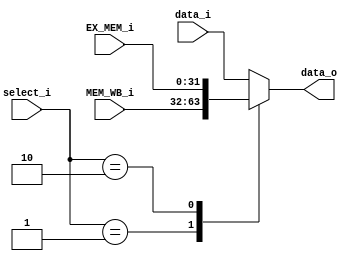
module ForwardingMUX(
    select_i,
    data_i,
    EX_MEM_i,
    MEM_WB_i,
    data_o
);

input	[1:0]		select_i;
input	[31:0]		data_i, EX_MEM_i, MEM_WB_i;
output reg[31:0]	data_o;


always @(*) begin
	case(select_i)
        2'b00: data_o = data_i;

        2'b01: data_o = MEM_WB_i;

		2'b10: data_o = EX_MEM_i;	

        default : data_o = data_i;
	endcase
end

endmodule